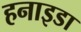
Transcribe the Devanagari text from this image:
हनाइडा